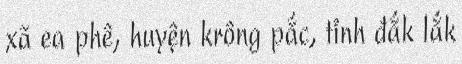
xã ea phê, huyện krông pắc, tỉnh đắk lắk